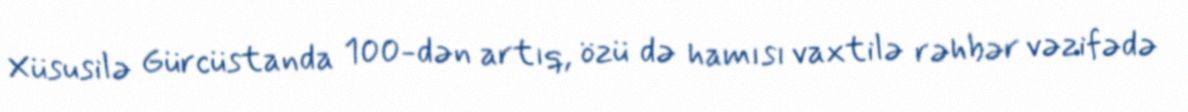
Xüsusilə Gürcüstanda 100-dən artıq, özü də hamısı vaxtilə rəhbər vəzifədə